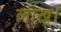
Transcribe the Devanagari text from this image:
लाख्।